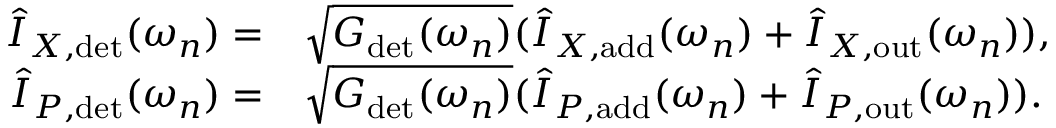
\begin{array} { r l } { \hat { I } _ { X , \mathrm { d e t } } ( \omega _ { n } ) = } & { \sqrt { G _ { \mathrm { d e t } } ( \omega _ { n } ) } ( \hat { I } _ { X , \mathrm { a d d } } ( \omega _ { n } ) + \hat { I } _ { X , \mathrm { o u t } } ( \omega _ { n } ) ) , } \\ { \hat { I } _ { P , \mathrm { d e t } } ( \omega _ { n } ) = } & { \sqrt { G _ { \mathrm { d e t } } ( \omega _ { n } ) } ( \hat { I } _ { P , \mathrm { a d d } } ( \omega _ { n } ) + \hat { I } _ { P , \mathrm { o u t } } ( \omega _ { n } ) ) . } \end{array}